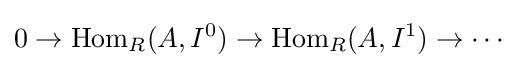
0\to \operatorname {Hom} _{R}(A,I^{0})\to \operatorname {Hom} _{R}(A,I^{1})\to \cdots